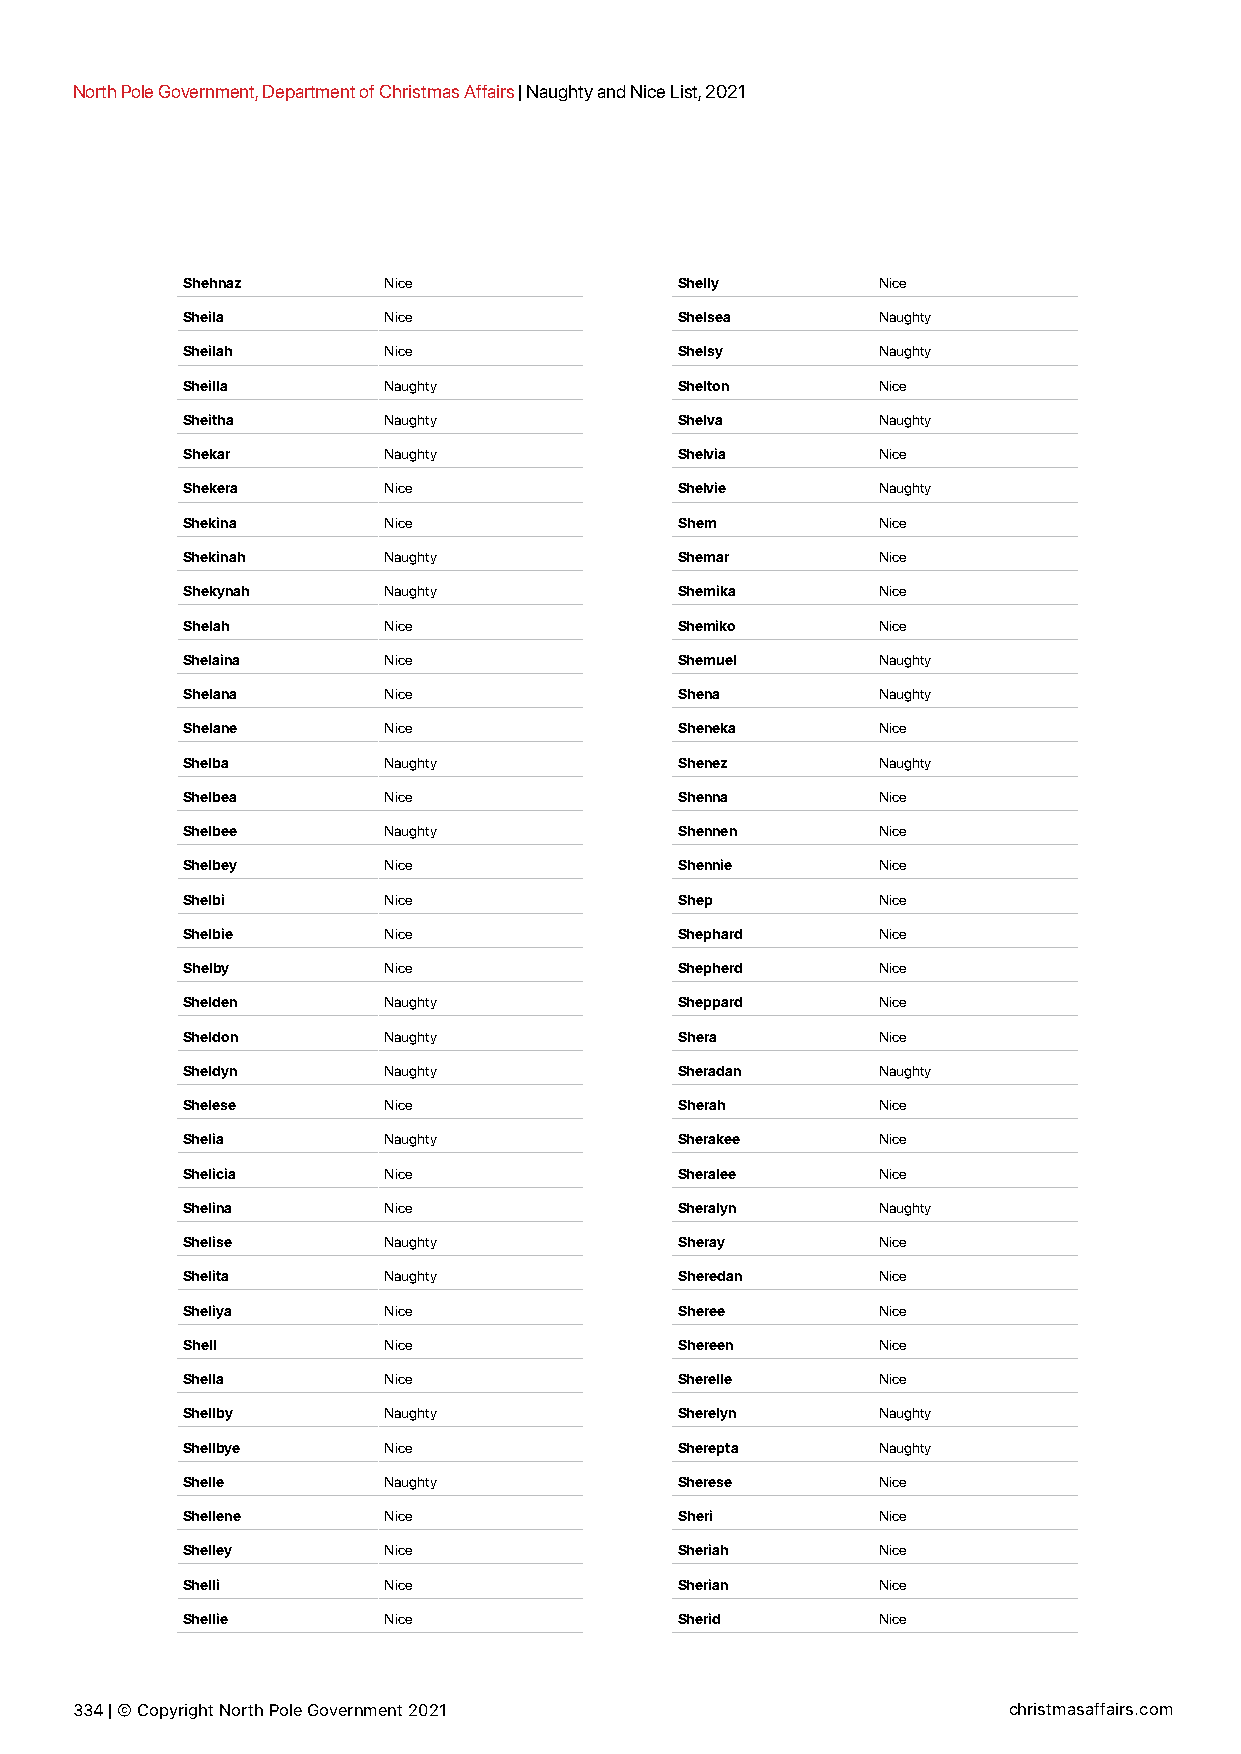
North Pole Government, Department of Christmas Affairs | Naughty and Nice List, 2021
 Shehnaz      Nice                Shelly       Nice
 Sheila       Nice                Shelsea      Naughty
 Sheilah      Nice                Shelsy       Naughty
 Sheilla      Naughty             Shelton      Nice
 Sheitha      Naughty             Shelva       Naughty
 Shekar       Naughty             Shelvia      Nice
 Shekera      Nice                Shelvie      Naughty
 Shekina      Nice                Shem         Nice
 Shekinah     Naughty             Shemar       Nice
 Shekynah     Naughty             Shemika      Nice
 Shelah       Nice                Shemiko      Nice
 Shelaina     Nice                Shemuel      Naughty
 Shelana      Nice                Shena        Naughty
 Shelane      Nice                Sheneka      Nice
 Shelba       Naughty             Shenez       Naughty
 Shelbea      Nice                Shenna       Nice
 Shelbee      Naughty             Shennen      Nice
 Shelbey      Nice                Shennie      Nice
 Shelbi       Nice                Shep         Nice
 Shelbie      Nice                Shephard     Nice
 Shelby       Nice                Shepherd     Nice
 Shelden      Naughty             Sheppard     Nice
 Sheldon      Naughty             Shera        Nice
 Sheldyn      Naughty             Sheradan     Naughty
 Shelese      Nice                Sherah       Nice
 Shelia       Naughty             Sherakee     Nice
 Shelicia     Nice                Sheralee     Nice
 Shelina      Nice                Sheralyn     Naughty
 Shelise      Naughty             Sheray       Nice
 Shelita      Naughty             Sheredan     Nice
 Sheliya      Nice                Sheree       Nice
 Shell        Nice                Shereen      Nice
 Shella       Nice                Sherelle     Nice
 Shellby      Naughty             Sherelyn     Naughty
 Shellbye     Nice                Sherepta     Naughty
 Shelle       Naughty             Sherese      Nice
 Shellene     Nice                Sheri        Nice
 Shelley      Nice                Sheriah      Nice
 Shelli       Nice                Sherian      Nice
 Shellie      Nice                Sherid       Nice
 334 | © Copyright North Pole Government 2021                  christmasaffairs.com